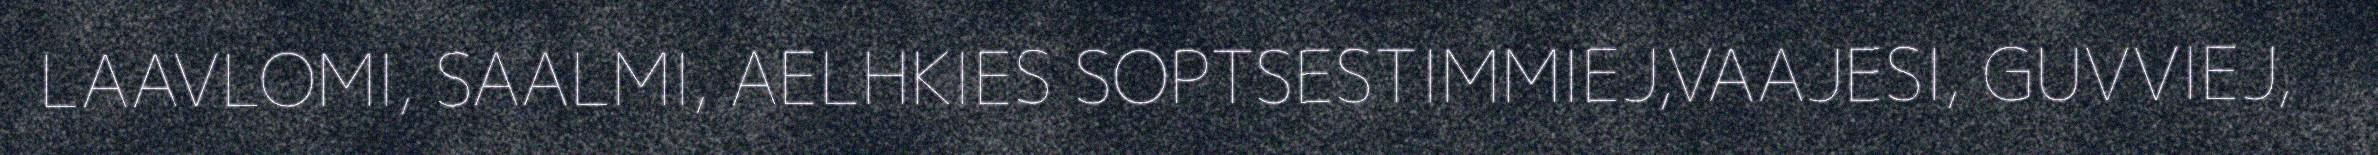
LAAVLOMI, SAALMI, AELHKIES SOPTSESTIMMIEJ,VAAJESI, GUVVIEJ,